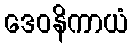
ဒေဝနိကာယံ